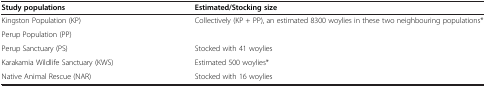
<table><thead><tr><td><b>Study populations</b></td><td><b>Estimated/Stocking size</b></td></tr></thead><tbody><tr><td>Kingston Population (KP)</td><td rowspan="2">Collectively (KP + PP), an estimated 8300 woylies in these two neighbouring populations*</td></tr><tr><td>Perup Population (PP)</td></tr><tr><td>Perup Sanctuary (PS)</td><td>Stocked with 41 woylies</td></tr><tr><td>Karakamia Wildlife Sanctuary (KWS)</td><td>Estimated 500 woylies*</td></tr><tr><td>Native Animal Rescue (NAR)</td><td>Stocked with 16 woylies</td></tr></tbody></table>